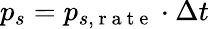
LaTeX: p_{s}=p_{s,\mathrm{~r~a~t~e~}}\cdot\Delta t